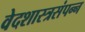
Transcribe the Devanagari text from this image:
वेदशास्त्रसंपन्‍न